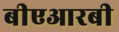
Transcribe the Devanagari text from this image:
बीएआरबी